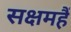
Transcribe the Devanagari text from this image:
सक्षमहैं